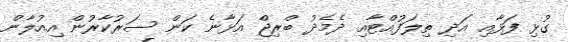
ގުޅި ފަޅާއި އަދި ތިލަފުއްޓާއި ދެމެދު ބްރިޖް އަޅާނެ ކަން ސަރުކާރުން އިއުލާން